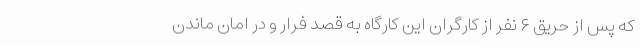
که پس از حریق ۶ نفر از کارگران این کارگاه به قصد فرار و در امان ماندن